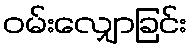
ဝမ်းလျှောခြင်း